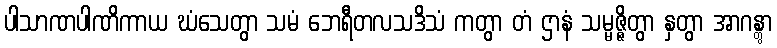
ပါသာဏပါဏိကာယ ဃံသေတွာ သမံ ဘေရီတလသဒိသံ ကတွာ တံ ဌာနံ သမ္မဇ္ဇိတွာ နှတွာ အာဂန္တွာ